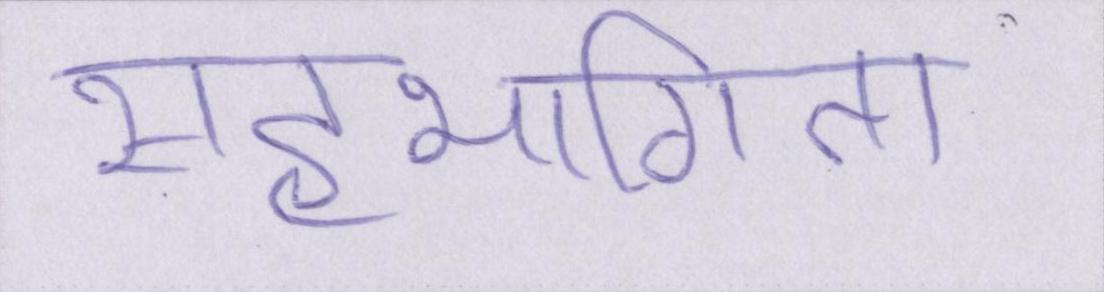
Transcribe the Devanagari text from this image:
सहभागिता